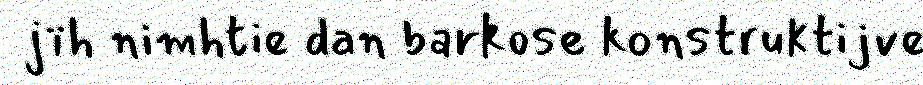
jïh nimhtie dan barkose konstruktijve